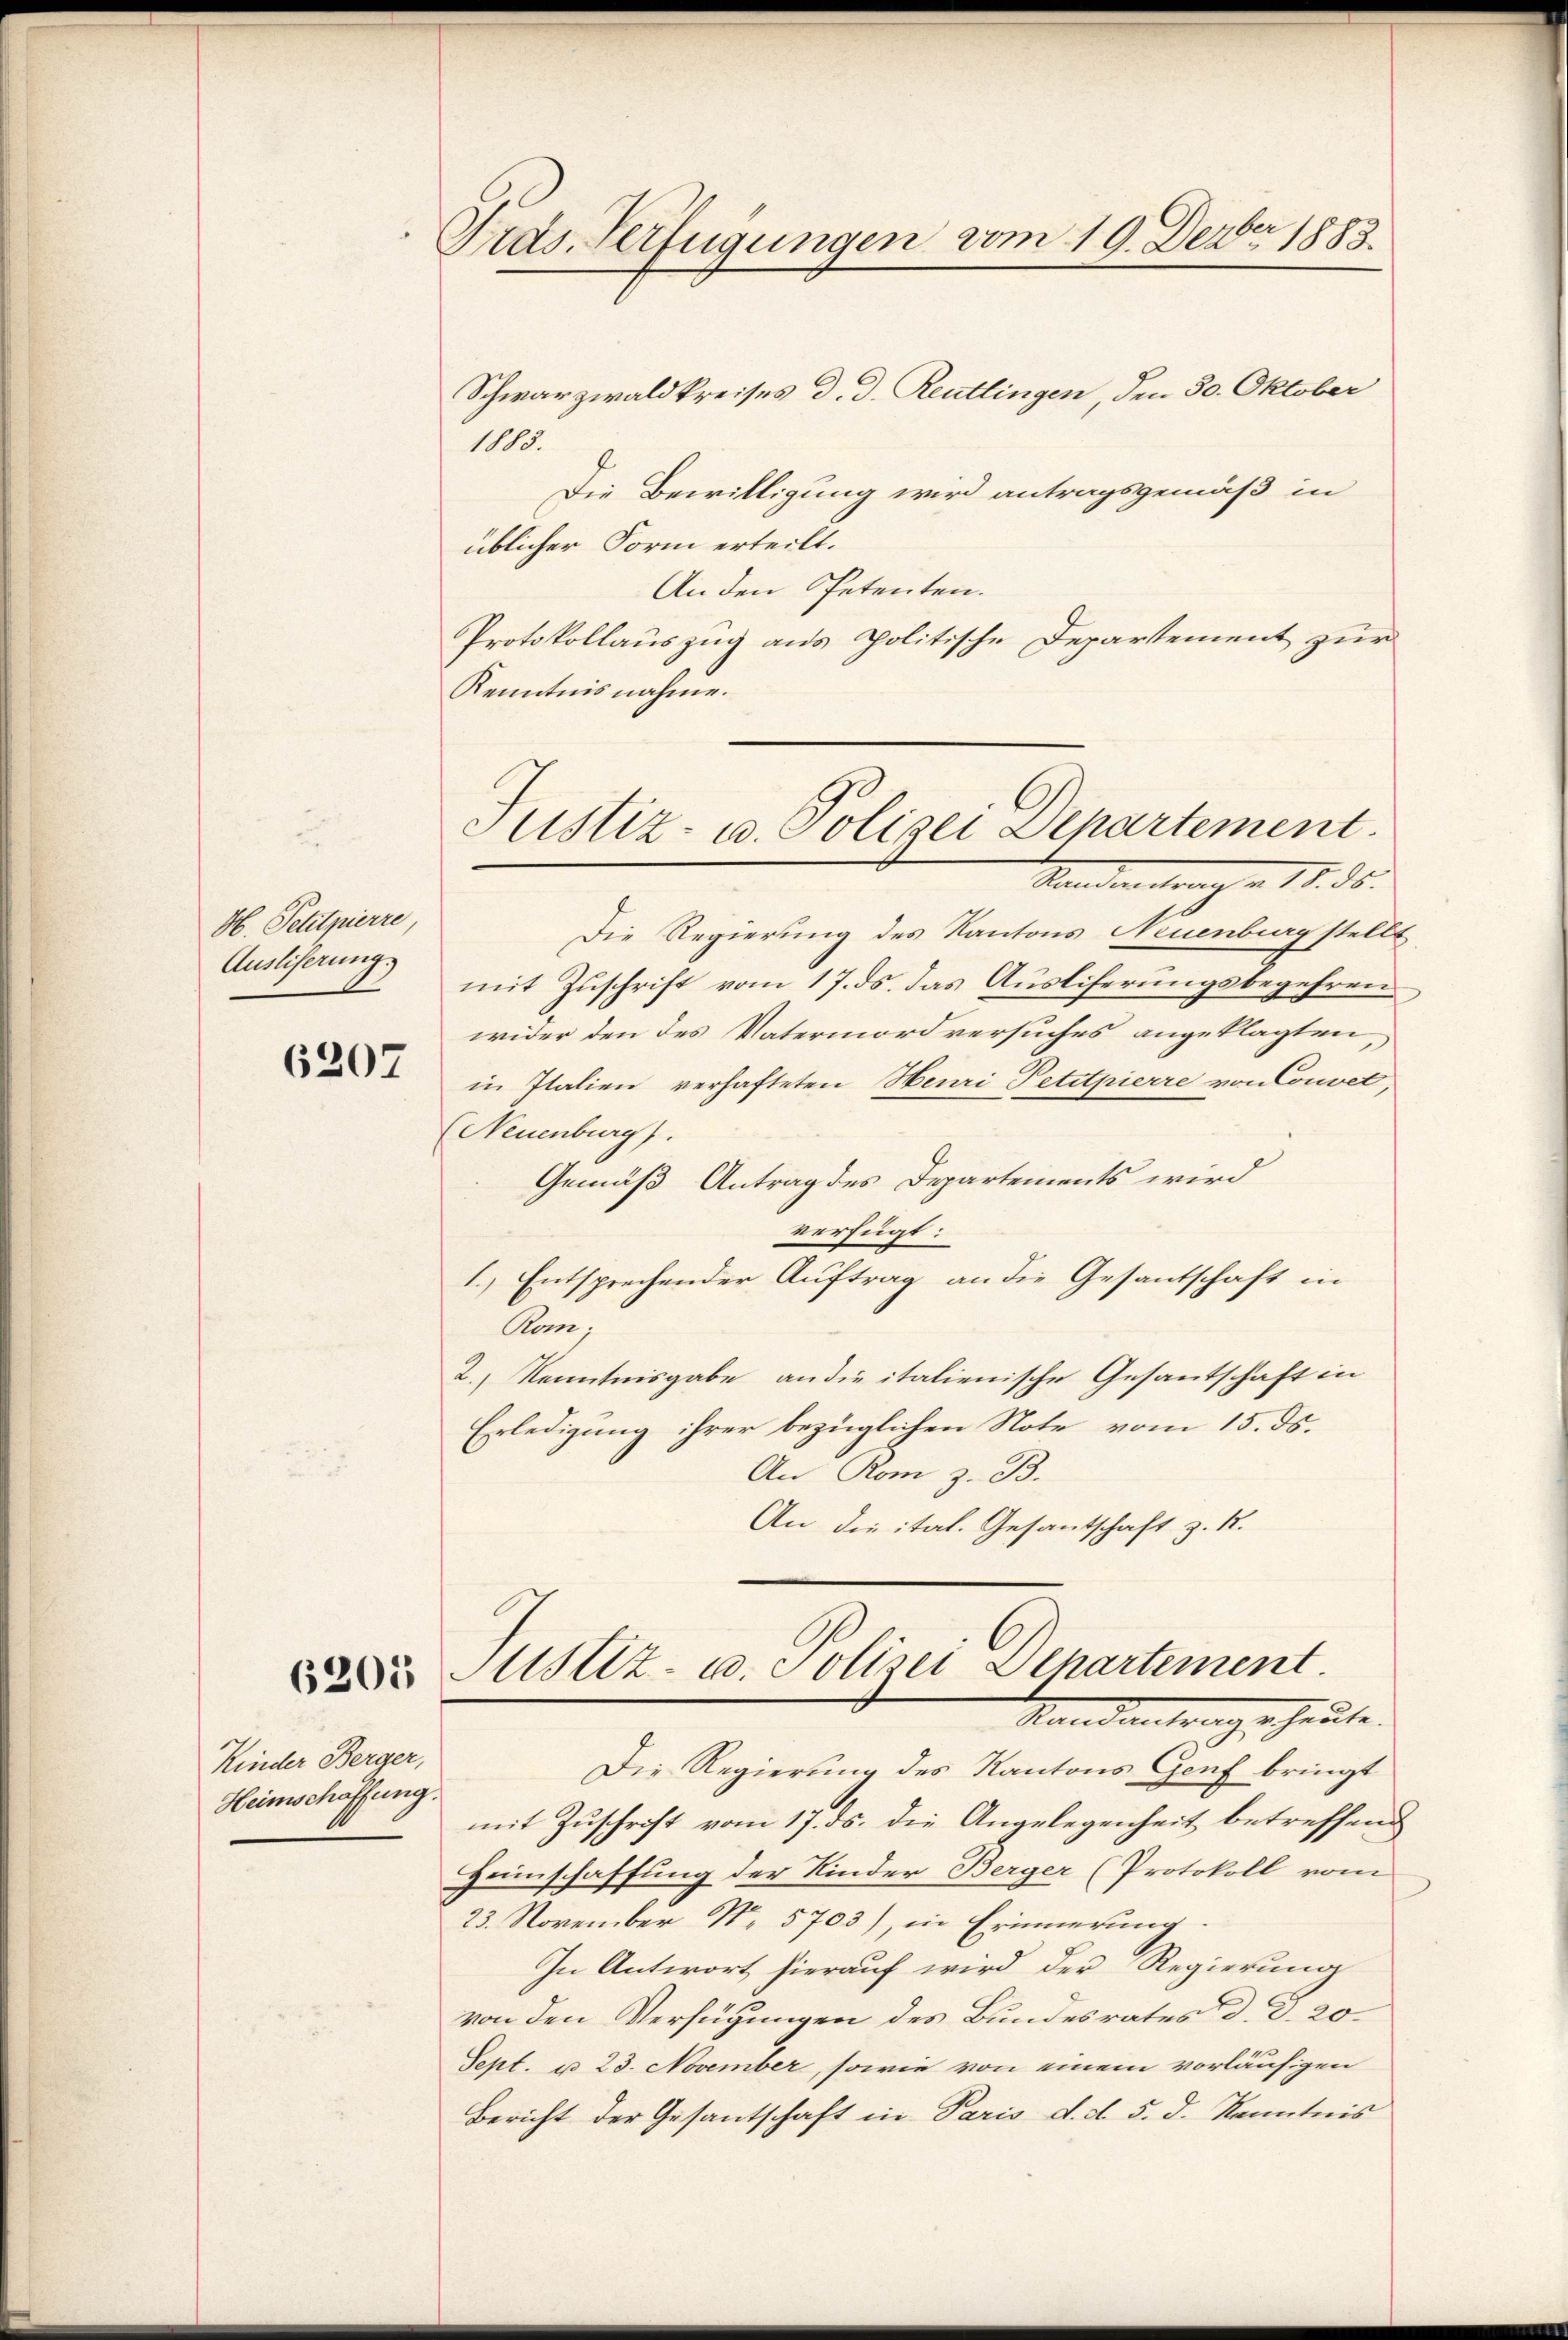
H. Petitpierre,
Ausliserung.

6207

6205

Kinder Berger,
Heimschaffung.

Tras. Verfügungen vom 19. Dezbr 1883.

Schwarzwaldkreises d. d. Reutlingen, den 30. Oktober
1815.
f
Die Bewilligung wird antragsgemäß in
üblicher Form erteilt.
An den Petenten.
Protokollauszug aus politische Departement zur
Kenntnisnahme.
Die Regierung des Kantons Neuenburg stellt
mit Zuschrift vom 17. ds. das Ausliferungsbegehren.
wider den des Vatermordversuches angeklagten,
in Italien verhafteten Heuri Petitpierre von Convet,
(Neuenburg).
Gemäß Antrag des Departements wird
verfügt:
1.) Entsprechender Auftrag an die Gesantschaft in
Dem,
2.) Kenntnisgabe an die italienische Gesantschaft in
Erledigung ihrer bezüglichen Note vom 15. ds.
An Rom z. B.
An die ital. Gesantschaft z. R.

Justiz- u. Polizei Departement.
Standere               36

Justiz- u. Polizei Departement.
Mandantrags heute.

Die Regierung des Kantons Genf bringt
mit Zuschrift vom 17. ds. die Angelegenheit betreffend
Heimschaffung der Kinder Berger (Protokoll vom
23. November No. 5703), in Erinnerung
In Antwort hierauf wird der Regierung
von den Verfügungen des Bundesrates d. d. 20.
Sept. u. 23. November, sowie von einem vorläufigen
Bericht der Gesantschaft in Paris d. d. 5. d. Kenntnis